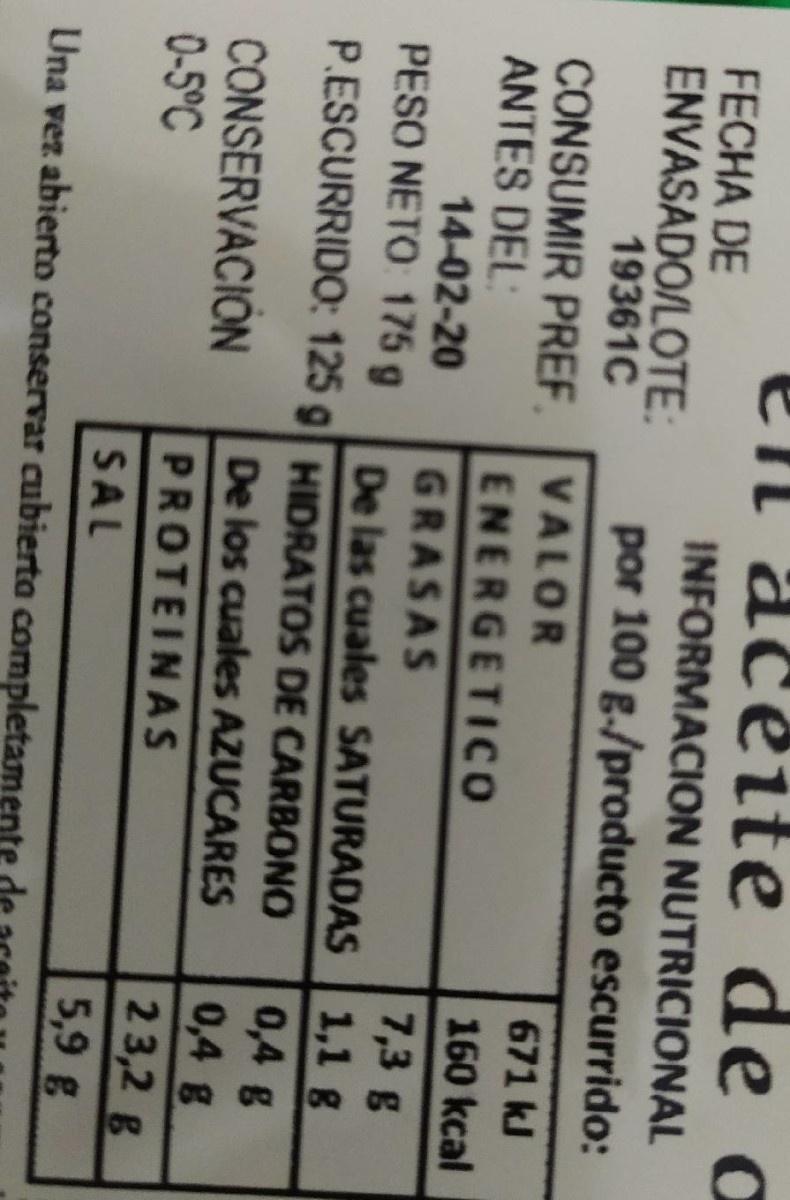
en aceite de a FECHA DE ENVASADO/LOTE: 19361C INFORMACION NUTRICIONAL por 100 g./producto escurrido: CONSUMIR PREF. VALOR ANTES DEL: 14-02-20 PESO NETO 175 g 671 kJ ENERGETICO 160 kcal GRASAS 7,3 g De las cuales SATURADAS 1,1 g 0,4 g 0,4 g 23,2 g 5,9 g P.ESCURRIDO: 125 g HIDRATOS DE CARBONO De los cuales AZUCARES CONSERVACION 0-5°C PROTEINAS SAL Una vez abierto conservar cubierta completament